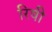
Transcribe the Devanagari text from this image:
रिषी